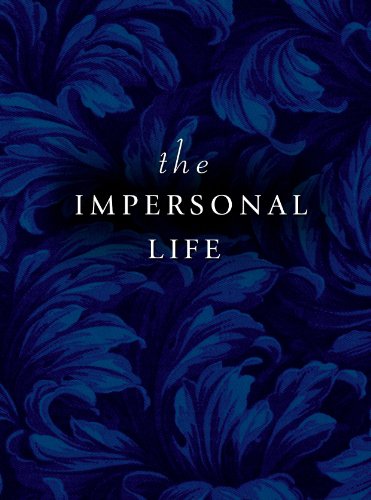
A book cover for The Impersonal Life; Joseph Benner; Self-Help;